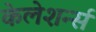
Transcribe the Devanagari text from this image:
केलेशर्न्स